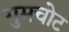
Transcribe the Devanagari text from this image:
गुमचोट